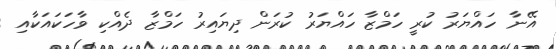
އޭނާ ހައްޔަރު ކުރީ ހަމްޒާ ހައްޔަރު ކުރަން ދިޔައިރު ހަމްޒާ ދެއްކި ވާހަކައަކާއި